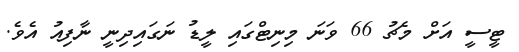
ޓީސީ އަށް މެޗު 66 ވަނަ މިނިޓްގައި ލީޑު ނަގައިދިނީ ނާފިއު އެވެ.